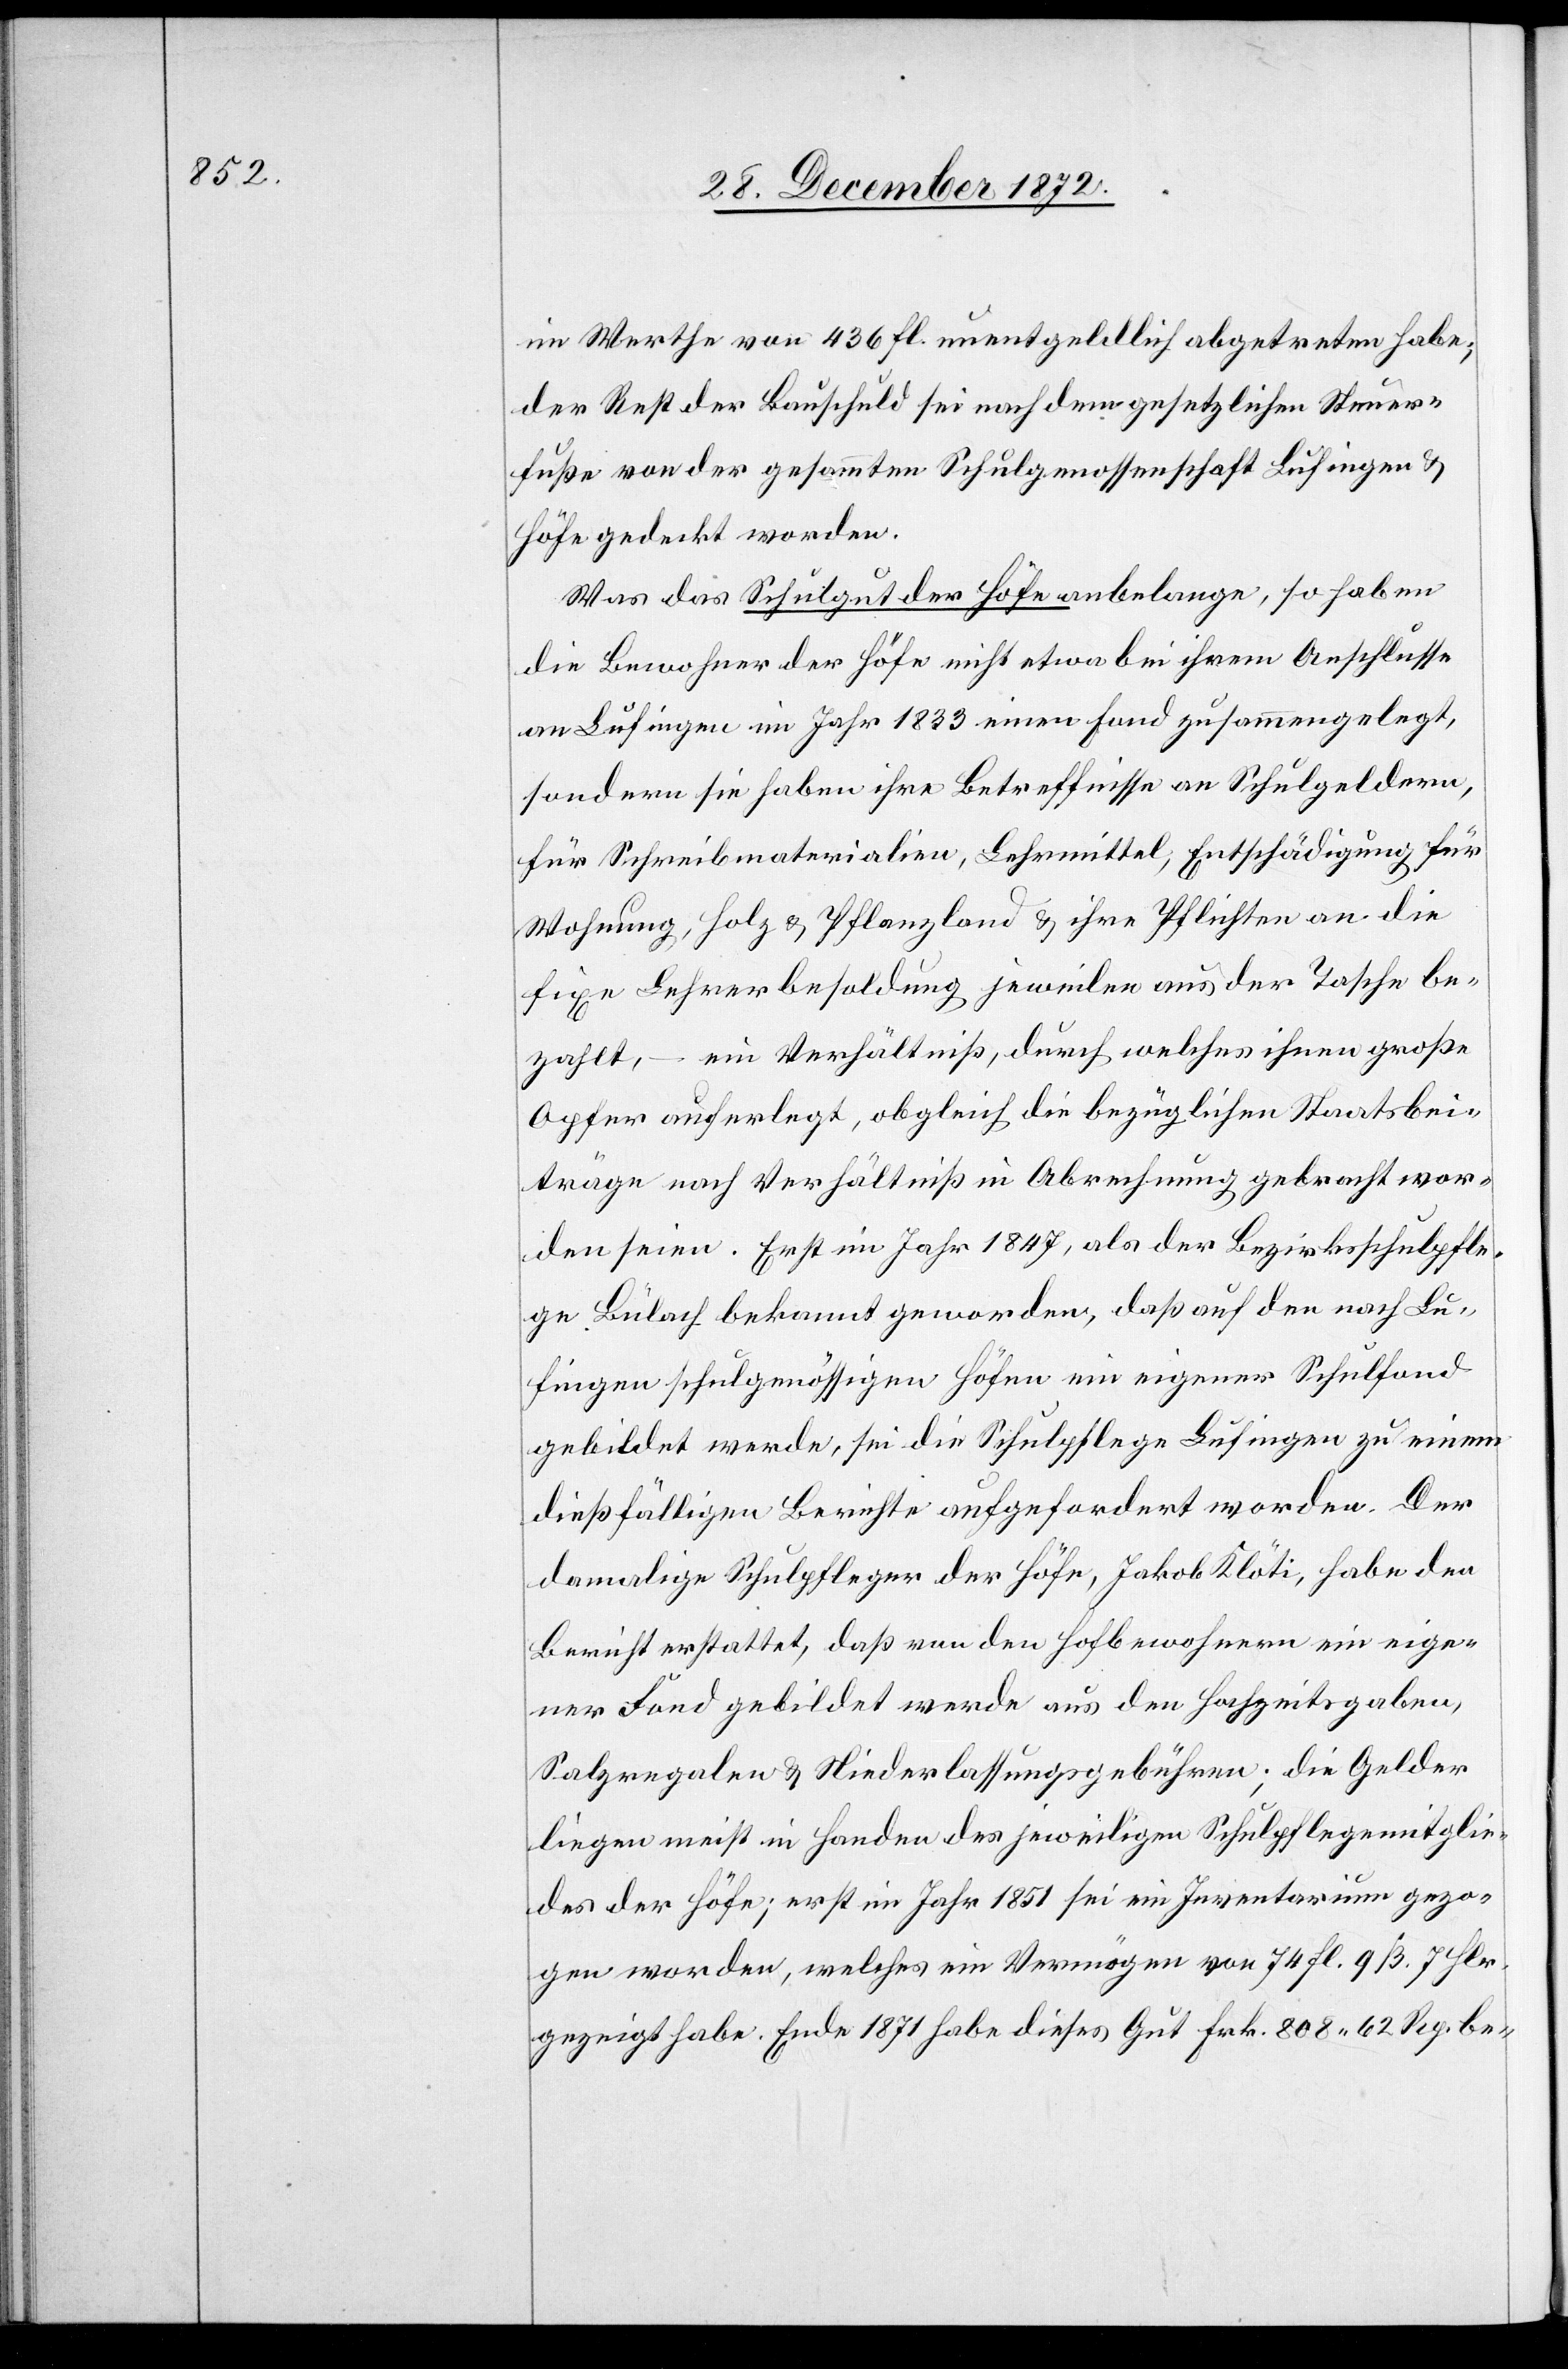
im Werthe von 436 fl. unentgeldlich abgetreten habe;
der Rest der Bauschuld sei nach dem gesetzlichen Steuer¬
fuße von der gesammten Schulgenossenschaft Lufingen u.
Höfe gedeckt worden.
Was das Schulgut der Höfe anbelange, so haben
die Bewohner der Höfe nicht etwa bei ihrem Anschlusse
an Lufingen im Jahr 1833 einen Fond zusammengelegt,
sondern sie haben ihre Betreffnisse an Schulgeldern,
für Schreibmaterialien, Lehrmittel, Entschädigung für
Wohnung, Holz u. Pflanzland u. ihre Pflichten an die
fixe Lehrerbesoldung jeweilen aus der Tasche be¬
zahlt, – ein Verhältniß, durch welches ihnen große
Opfer auferlegt, obgleich die bezüglichen Staatsbei¬
träge nach Verhältniß in Abrechnung gebracht wor¬
den seien. Erst im Jahr 1847, als der Bezirksschulpfle¬
ge Bülach bekannt geworden, daß auf den nach Lu¬
fingen schulgenössigen Höfen ein eigener Schulfond
gebildet werde, sei die Schulpflege Lufingen zu einem
dießfälligen Berichte aufgefordert worden. Der
damalige Schulpfleger der Höfe, Jakob Klöti, habe den
Bericht erstattet, daß von den Hofbewohnern ein eige¬
ner Fond gebildet werde aus den Hochzeitsgaben,
Salzregalen u. Niederlassungsgebühren; die Gelder
liegen meist in Handen des jeweiligen Schulpflegemitglie¬
des der Höfe; erst im Jahr 1851 sei ein Inventarium gezo¬
gen worden, welches ein Vermögen von 74 fl. 9 ß. 7 Hlr.
gezeigt habe. Ende 1871 habe dieses Gut Frk. 808 62 Rp. be-